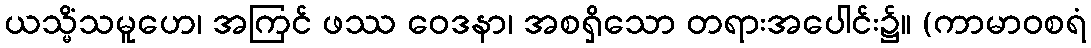
ယသ္မိံသမူဟေ၊ အကြင် ဖဿ ဝေဒနာ၊ အစရှိသော တရားအပေါင်း၌။ (ကာမာဝစရံ